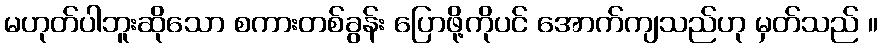
မဟုတ်ပါဘူးဆိုသော စကားတစ်ခွန်း ပြောဖို့ကိုပင် အောက်ကျသည်ဟု မှတ်သည် ။